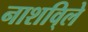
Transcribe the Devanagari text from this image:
नाशवि्ले